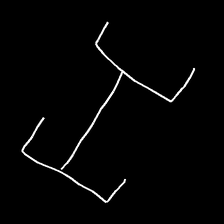
Glyph: entwine